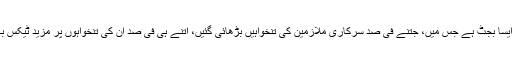
ملکی تاریخ کا یہ ایسا بجٹ ہے جس میں، جتنے فی صد سرکاری ملازمین کی تنخواہیں بڑھائی گئیں، اتنے ہی فی صد ان کی تنخواہوں پر مزید ٹیکس بھی لگا دیا گیا ہے۔